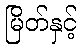
မြိတ်နှင့်